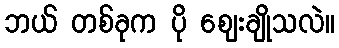
ဘယ် တစ်ခုက ပို ဈေးချိုသလဲ။